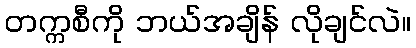
တက္ကစီကို ဘယ်အချိန် လိုချင်လဲ။